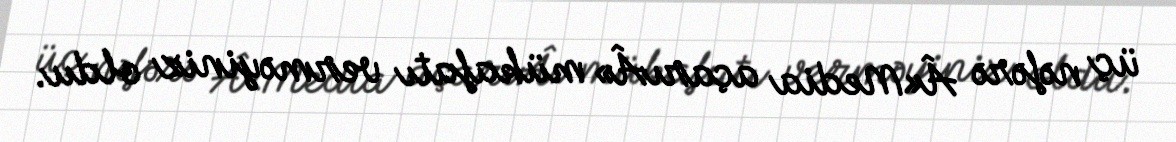
üç nəfərə Â«Media açarıÂ» mükafatı verməyiniz oldu.